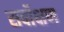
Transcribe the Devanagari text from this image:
सर्वोक्षण